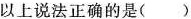
以上说法正确的是()